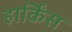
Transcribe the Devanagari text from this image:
हार्किंस